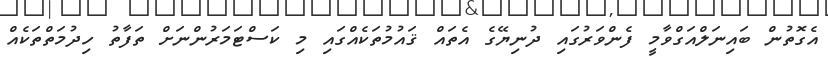
އެގޮތުން ބައިނަލްއަގްވާމީ ފެންވަރުގައި ދުނިޔޭގެ އެތައް ޤައުމުތަކެއްގައި މި ކަސްޓަމަރުންނަށް ތަފާތު ހިދުމަތްތަކެއް